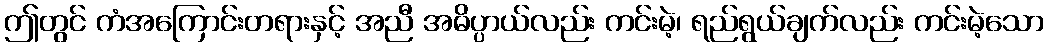
ဤတွင် ကံအကြောင်းတရားနှင့် အညီ အဓိပ္ပာယ်လည်း ကင်းမဲ့၊ ရည်ရွယ်ချက်လည်း ကင်းမဲ့သော